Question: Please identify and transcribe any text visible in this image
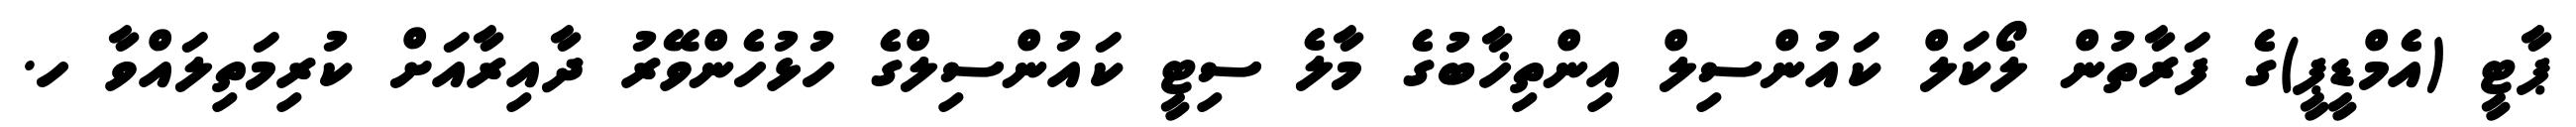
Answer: ޕާޓީ (އެމްޑީޕީ)ގެ ފަރާތުން ލޯކަލް ކައުންސިލް އިންތިޚާބުގެ މާލެ ސިޓީ ކައުންސިލްގެ ހުޅުހެންވޭރު ދާއިރާއަށް ކުރިމަތިލައްވާ ހ.